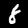
Label: 8